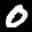
Label: 0